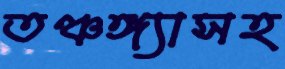
তঞ্চঙ্গ্যাসহ